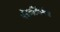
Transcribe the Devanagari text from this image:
रॉमप्लिंग